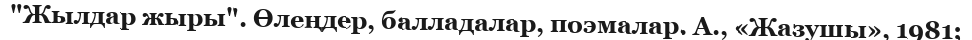
"Жылдар жыры". Өлеңдер, балладалар, поэмалар. А., «Жазушы», 1981;